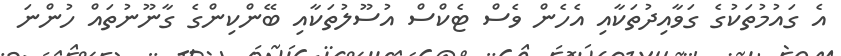
އެ ގައުމުތަކުގެ ގަވާއިދުތަކާއި އެހެން ވެސް ޓެކްސް އުސޫލުތަކާއި ބޭންކިންގެ ގާނޫނުތައް ހުންނަ